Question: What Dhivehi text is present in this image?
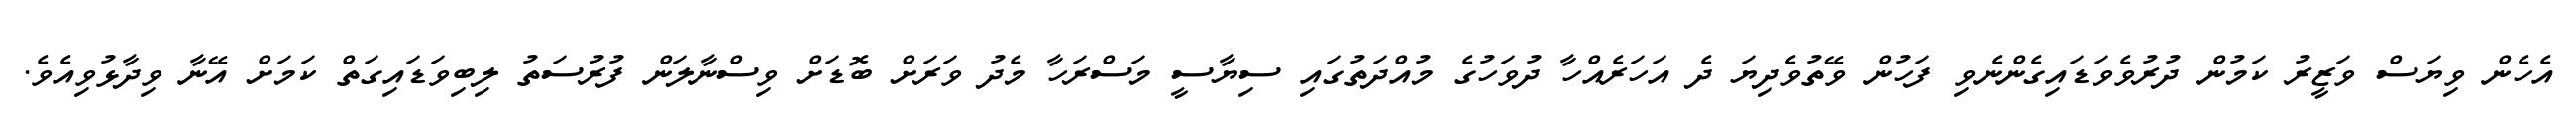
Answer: އެހެން ވިޔަސް ވަޒީރު ކަމުން ދުރުވެވަޑައިގެންނެވި ފަހުން ވޭތުވެދިޔަ ދެ އަހަރެއްހާ ދުވަހުގެ މުއްދަތުގައި ސިޔާސީ މަސްރަހާ މެދު ވަރަށް ބޮޑަށް ވިސްނާލަން ފުރުސަތު ލިބިވަޑައިގަތް ކަމަށް އޭނާ ވިދާޅުވިއެވެ.